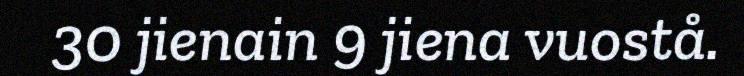
30 jienain 9 jiena vuostå.